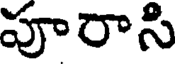
పూరాసి